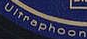
uitraphoon